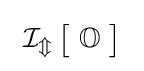
\ \operatorname {\mathcal {I_{m}}} {\bigl [}\ \mathbb {O} \ {\bigr ]}\